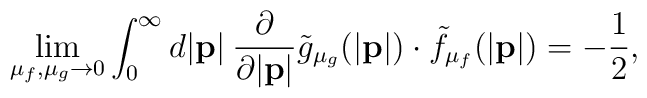
\lim_{\mu_{f},\mu_{g} \to 0}\int_{0}^{\infty}d|{\bf p}|\:\frac{\partial}{\partial |{\bf p}|}{\tilde g}_{{\mu}_{g}}(|{\bf p}|)\cdot{\tilde f}_{{\mu}_{f}}(|{\bf p}|)=-\frac{1}{2} ,